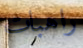
راهبات